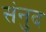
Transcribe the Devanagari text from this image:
संनुद